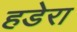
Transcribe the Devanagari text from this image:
हडेरा